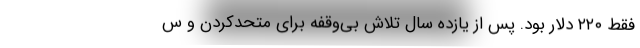
فقط ۲۲۰ دلار بود. پس از یازده سال تلاشِ بی‌وقفه برای متحدکردن و س